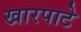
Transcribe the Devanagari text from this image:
खारपाटे